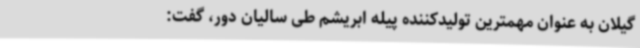
گیلان به عنوان مهمترین تولیدکننده پیله ابریشم طی سالیان دور، گفت: